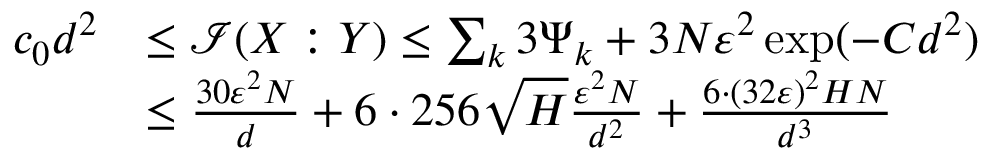
\begin{array} { r l } { c _ { 0 } d ^ { 2 } } & { \le \mathcal { I } ( X : Y ) \le \sum _ { k } 3 \Psi _ { k } + 3 N \varepsilon ^ { 2 } \exp ( - C d ^ { 2 } ) } \\ & { \le \frac { 3 0 \varepsilon ^ { 2 } N } { d } + 6 \cdot 2 5 6 \sqrt { H } \frac { \varepsilon ^ { 2 } N } { d ^ { 2 } } + \frac { 6 \cdot ( 3 2 \varepsilon ) ^ { 2 } H N } { d ^ { 3 } } } \end{array}